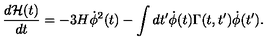
\frac { d { \cal H } ( t ) } { d t } = - 3 H { \dot { \phi } } ^ { 2 } ( t ) - \int d t ^ { \prime } { \dot { \phi } } ( t ) \Gamma ( t , t ^ { \prime } ) { \dot { \phi } } ( t ^ { \prime } ) .